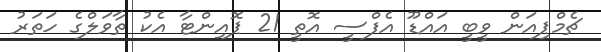
ޗެމްޕިއަން ވީބީ އައްޑޫ އެފްސީ އޮތީ 21 ޕޮއިންޓާ އެކު ތާވަލްގެ ހަތަރު